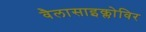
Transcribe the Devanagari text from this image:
वैलासाइक्लोविर